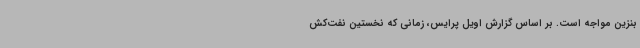
بنزین مواجه است. بر اساس گزارش اویل پرایس، زمانی که نخستین نفت‌کش